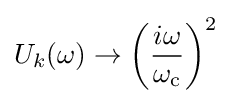
U_{k}(\omega )\to \left({\frac {i\omega }{\omega _{\text{c}}}}\right)^{2}